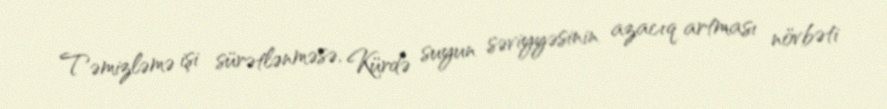
Təmizləmə işi sürətlənməsə, Kürdə suyun səviyyəsinin azacıq artması növbəti